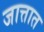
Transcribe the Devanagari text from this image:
जात्तात